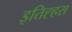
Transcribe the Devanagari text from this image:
इतिह्हस